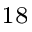
^ { 1 8 }